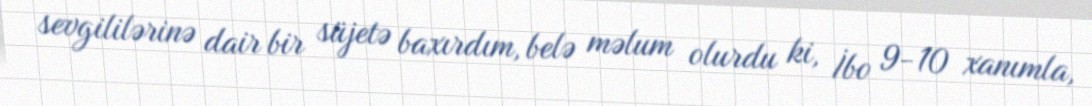
sevgililərinə dair bir süjetə baxırdım, belə məlum olurdu ki, İbo 9-10 xanımla,